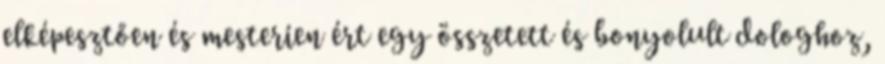
elképesztően és mesterien ért egy összetett és bonyolult dologhoz,